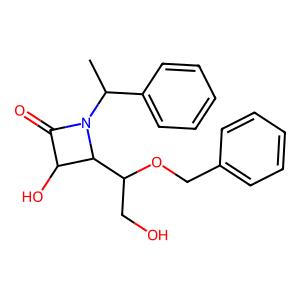
SMILES: CC(c1ccccc1)N1C(=O)C(O)C1C(CO)OCc1ccccc1
Inhibits HIV replication: No